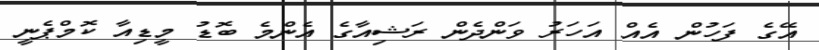
އޭގެ ފަހުން އެއް އަހަރު ވަންދެން ރަޝިއާގެ އެންމެ ބޮޑު މީޑިއާ ކޮމްޕެނީ